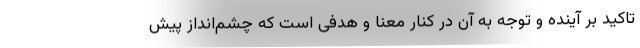
تاکید بر آینده و توجه به آن در کنار معنا و هدفی است که چشم‌انداز پیش